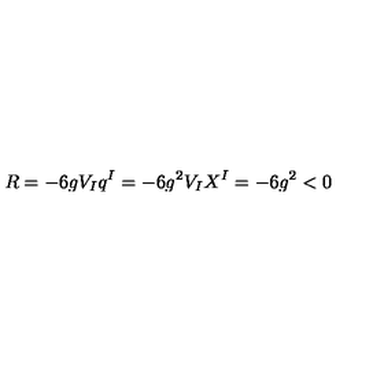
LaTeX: R = - 6 g V _ { I } q ^ { I } = - 6 g ^ { 2 } V _ { I } X ^ { I } = - 6 g ^ { 2 } < 0